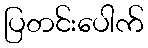
ပြတင်းပေါက်